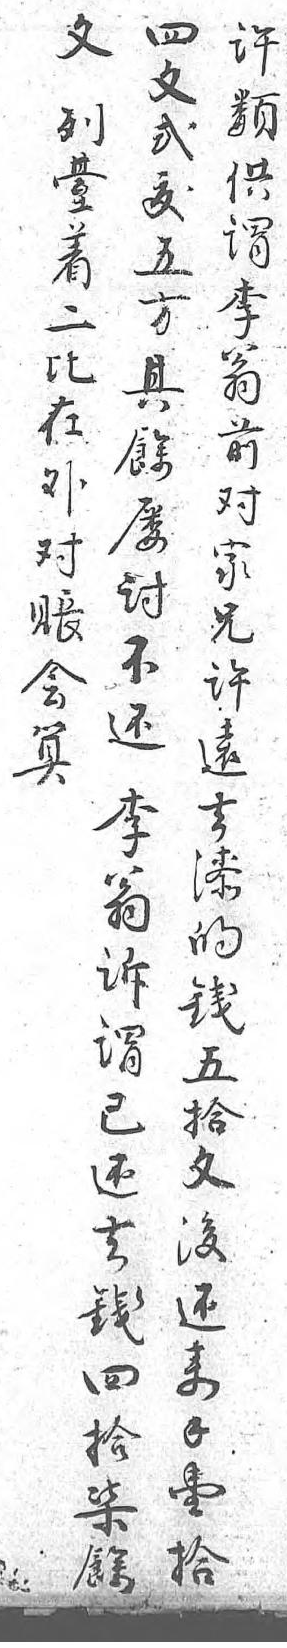
文四許列文類臺貳供着鈸謂二五李比方翁在其前外餘對對屢家賬討兄會不許算還遠 李去 翁漆 訴的 謂錢 已五 還拾 去文 錢後 四還 拾來 柒錢 餘壹  拾